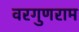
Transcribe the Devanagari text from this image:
वरगुणराम